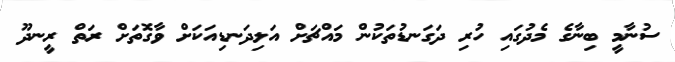
ސުނާމީ ބިނާގެ މެދުގައި ހުރި ދަގަނޑުތަކުން މައްޗަށް އަލިދަނޑިއަކަށް ވާގޮތަށް ރަތް ރީނދޫ